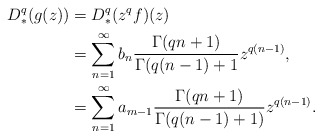
\begin{align*}D_*^q(g(z)) &= D_*^q(z^qf)(z)\\&=\sum_{n=1}^{\infty} b_n\frac{\Gamma(qn+1)}{\Gamma(q(n-1)+1}z^{q(n-1)},\\&=\sum_{n=1}^{\infty}a_{m-1}\frac{\Gamma(qn+1)}{\Gamma(q(n-1)+1)}z^{q(n-1)}.\end{align*}